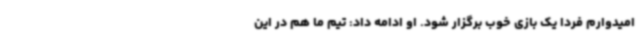
امیدوارم فردا یک بازی خوب برگزار شود. او ادامه داد: تیم ما هم در این